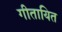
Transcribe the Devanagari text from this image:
गीतायित